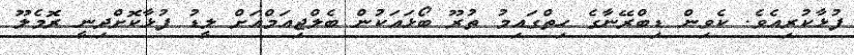
ފުޅާކުރިއެވެ. ކެވިން ޑިބްރޭނާގެ ހިތްގައިމު ތުރޫ ބޯޅައަކުން ބެލްޖިއަމްއަށް ލީޑު ފުޅާކޮށްދިނީ ރޮމެލޫ